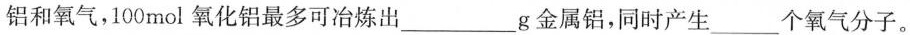
铝和氧气，100mol氧化铝最多可冶炼出___g金属铝，同时产生___个氧气分子。